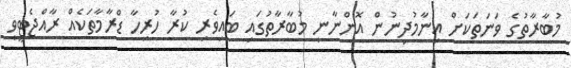
މުބާރާތުގެ ވަނަތަކަށް އިނާމުދިނުން އޮންނާނީ މުބާރާތުގައި ބައިވެރި ކުރާ ހުރިހާ ޑްރާމާތަކެއް ރާއްޖެޓީވީ